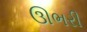
ઊભરી